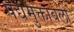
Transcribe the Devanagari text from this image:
पद्यमुक्तावली